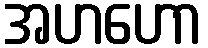
အဟဟော